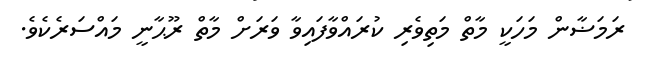
ރަމަޟާން މަހަކީ މާތް މަތިވެރި ކުރައްވާފައިވާ ވަރަށް މާތް ރޫޙާނީ މައްސަރެކެވެ.